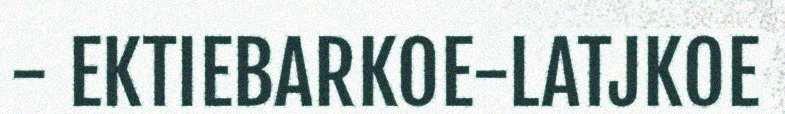
- EKTIEBARKOE-LATJKOE